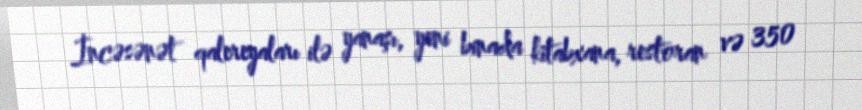
İncəsənət qalereyaları ilə yanaşı, yeni binada kitabxana, restoran və 350